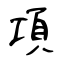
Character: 項